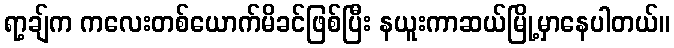
ရာ့ချ်က ကလေးတစ်ယောက်မိခင်ဖြစ်ပြီး နယူးကာဆယ်မြို့မှာနေပါတယ်။